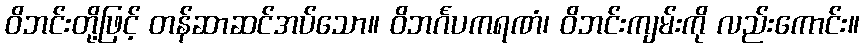
ဝိဘင်းတို့ဖြင့် တန်ဆာဆင်အပ်သော။ ဝိဘင်္ဂပကရဏံ၊ ဝိဘင်းကျမ်းကို လည်းကောင်း။